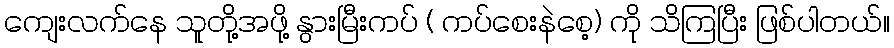
ကျေးလက်နေ သူတို့အဖို့ နွားမြီးကပ် ( ကပ်စေးနဲစေ့) ကို သိကြပြီး ဖြစ်ပါတယ်။